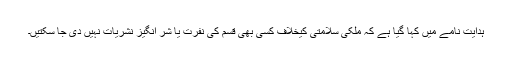
ہدایت نامے میں کہا گیا ہے کہ ملکی سلامتی کیخلاف کسی بھی قسم کی نفرت یا شر انگیز نشریات نہیں دی جا سکتیں۔